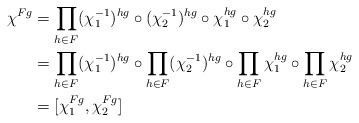
LaTeX: \begin{align*}\chi^{Fg} &= \prod_{h \in F} (\chi_1^{-1})^{hg} \circ (\chi_2^{-1})^{hg} \circ \chi_1^{hg} \circ \chi_2^{hg} \\&= \prod_{h \in F} (\chi_1^{-1})^{hg} \circ \prod_{h \in F} (\chi_2^{-1})^{hg} \circ \prod_{h \in F} \chi_1^{hg} \circ \prod_{h \in F} \chi_2^{hg} \\&= [\chi_1^{Fg}, \chi_2^{Fg}] \end{align*}